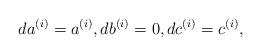
LaTeX: \begin{align*}da^{(i)}=a^{(i)},db^{(i)}=0, dc^{(i)}=c^{(i)},\end{align*}